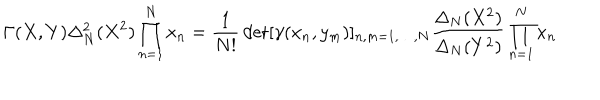
\Gamma ( X , Y ) \Delta _ { N } ^ { 2 } ( X ^ { 2 } ) \prod _ { n = 1 } ^ { N } x _ { n } = \frac { 1 } { N ! } \det [ \gamma ( x _ { n } , y _ { m } ) ] _ { n , m = 1 , \ldots , N } \frac { \Delta _ { N } ( X ^ { 2 } ) } { \Delta _ { N } ( Y ^ { 2 } ) } \prod _ { n = 1 } ^ { N } x _ { n }